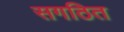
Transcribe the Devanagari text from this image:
सगठित